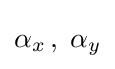
\alpha _{x}\,,\;\alpha _{y}